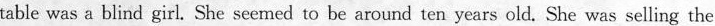
table was a blind girl. She seemed to be around ten years old. She was selling the